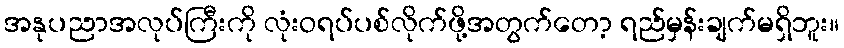
အနုပညာအလုပ်ကြီးကို လုံးဝရပ်ပစ်လိုက်ဖို့အတွက်တော့ ရည်မှန်းချက်မရှိဘူး။